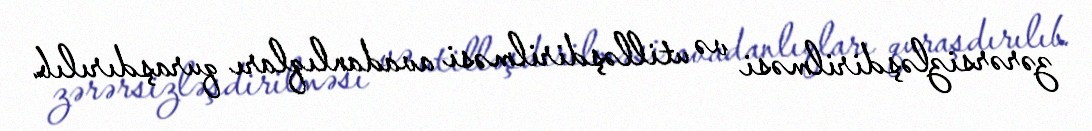
zərərsizləşdirilməsi və utilləşdirilməsi avadanlıqları quraşdırılıb.